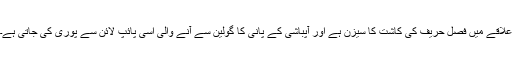
علاقے میں فصل حریف کی کاشت کا سیزن ہے اور آپباشی کے پانی کا گولین سے آنے والی اسی پائپ لائن سے پوری کی جاتی ہے۔